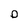
Character: o